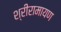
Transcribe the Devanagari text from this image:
श्रीरामायण